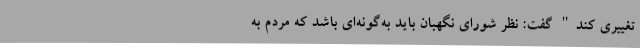
تغییری کند" گفت: نظر شورای نگهبان باید به‌گونه‌ای باشد که مردم به